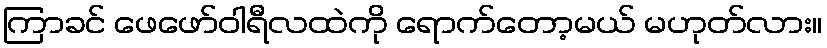
ကြာခင် ဖေဖော်ဝါရီလထဲကို ရောက်တော့မယ် မဟုတ်လား။